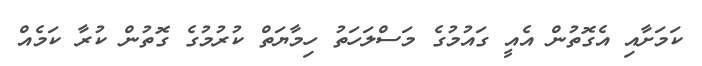
ކަމަށާއި އެގޮތުން އެއީ ގައުމުގެ މަސްލަހަތު ހިމާޔަތް ކުރުމުގެ ގޮތުން ކުރާ ކަމެއް